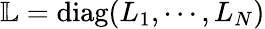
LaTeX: \mathbb{L}=\textrm{diag}(L_{1},\cdots,L_{N})